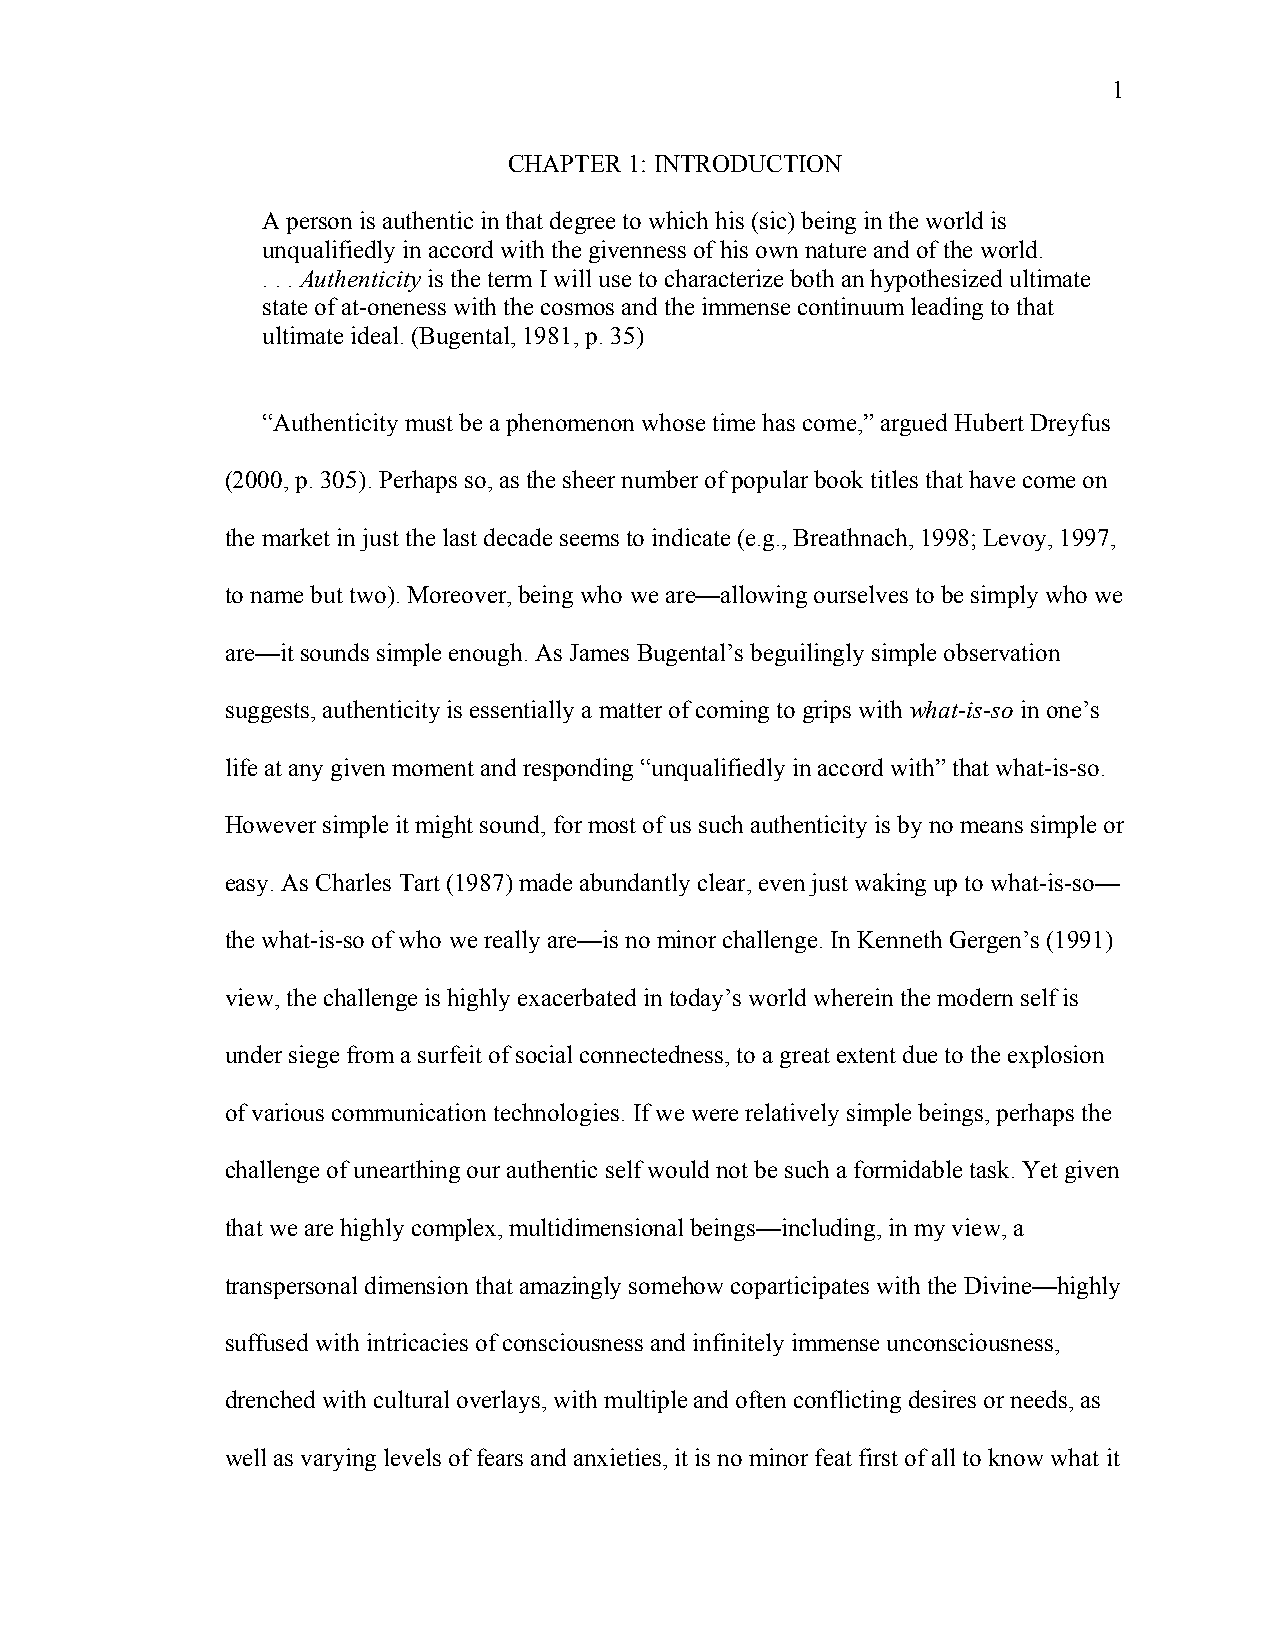
1
 CHAPTER 1: INTRODUCTION
 A person is authentic in that degree to which his (sic) being in the world is
 unqualifiedly in accord with the givenness of his own nature and of the world.
 . . . Authenticity is the term I will use to characterize both an hypothesized ultimate
 state of at-oneness with the cosmos and the immense continuum leading to that
 ultimate ideal. (Bugental, 1981, p. 35)
 “Authenticity must be a phenomenon whose time has come,” argued Hubert Dreyfus
 (2000, p. 305). Perhaps so, as the sheer number of popular book titles that have come on
 the market in just the last decade seems to indicate (e.g., Breathnach, 1998; Levoy, 1997,
 to name but two). Moreover, being who we are—allowing ourselves to be simply who we
 are—it sounds simple enough. As James Bugental’s beguilingly simple observation
 suggests, authenticity is essentially a matter of coming to grips with what-is-so in one’s
 life at any given moment and responding “unqualifiedly in accord with” that what-is-so.
 However simple it might sound, for most of us such authenticity is by no means simple or
 easy. As Charles Tart (1987) made abundantly clear, even just waking up to what-is-so—
 the what-is-so of who we really are—is no minor challenge. In Kenneth Gergen’s (1991)
 view, the challenge is highly exacerbated in today’s world wherein the modern self is
 under siege from a surfeit of social connectedness, to a great extent due to the explosion
 of various communication technologies. If we were relatively simple beings, perhaps the
 challenge of unearthing our authentic self would not be such a formidable task. Yet given
 that we are highly complex, multidimensional beings—including, in my view, a
 transpersonal dimension that amazingly somehow coparticipates with the Divine—highly
 suffused with intricacies of consciousness and infinitely immense unconsciousness,
 drenched with cultural overlays, with multiple and often conflicting desires or needs, as
 well as varying levels of fears and anxieties, it is no minor feat first of all to know what it